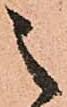
之